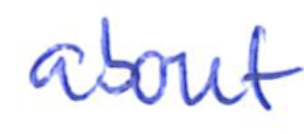
Text: about
Cross-out: clean
Writing tool: ballpoint